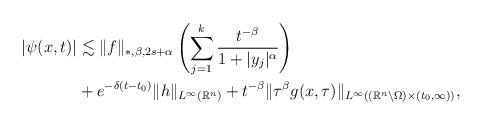
LaTeX: \begin{align*}\begin{aligned}|\psi(x, t)|&\lesssim \|f\|_{*, \beta, 2s+\alpha}\left(\sum_{j=1}^k\frac{t^{-\beta}}{1+|y_j|^{\alpha}}\right)\\&+ e^{-\delta(t-t_0)}\|h\|_{L^\infty(\mathbb{R}^n)} + t^{-\beta}\|\tau^\beta g(x, \tau)\|_{L^\infty((\mathbb{R}^n\setminus\Omega)\times (t_0,\infty))},\end{aligned}\end{align*}